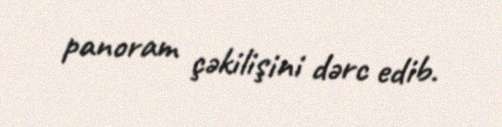
panoram çəkilişini dərc edib.